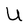
Character: U